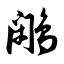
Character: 鹇